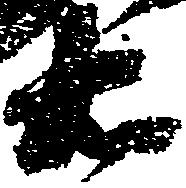
右